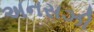
અનસઝી